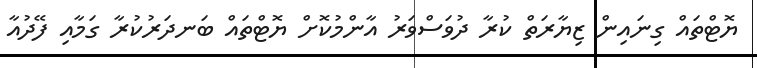
ޔޮޓްތައް ގިނައިން ޒިޔާރަތް ކުރާ ދުވަސްވަރު އާންމުކޮށް ޔޮޓްތައް ބަނދަރުކުރާ ގަމާއި ފޭދުއާ